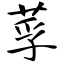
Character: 莩